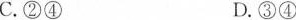
C. ②④ D. ③④